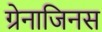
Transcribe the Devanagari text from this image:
ग्रेनाजिनस